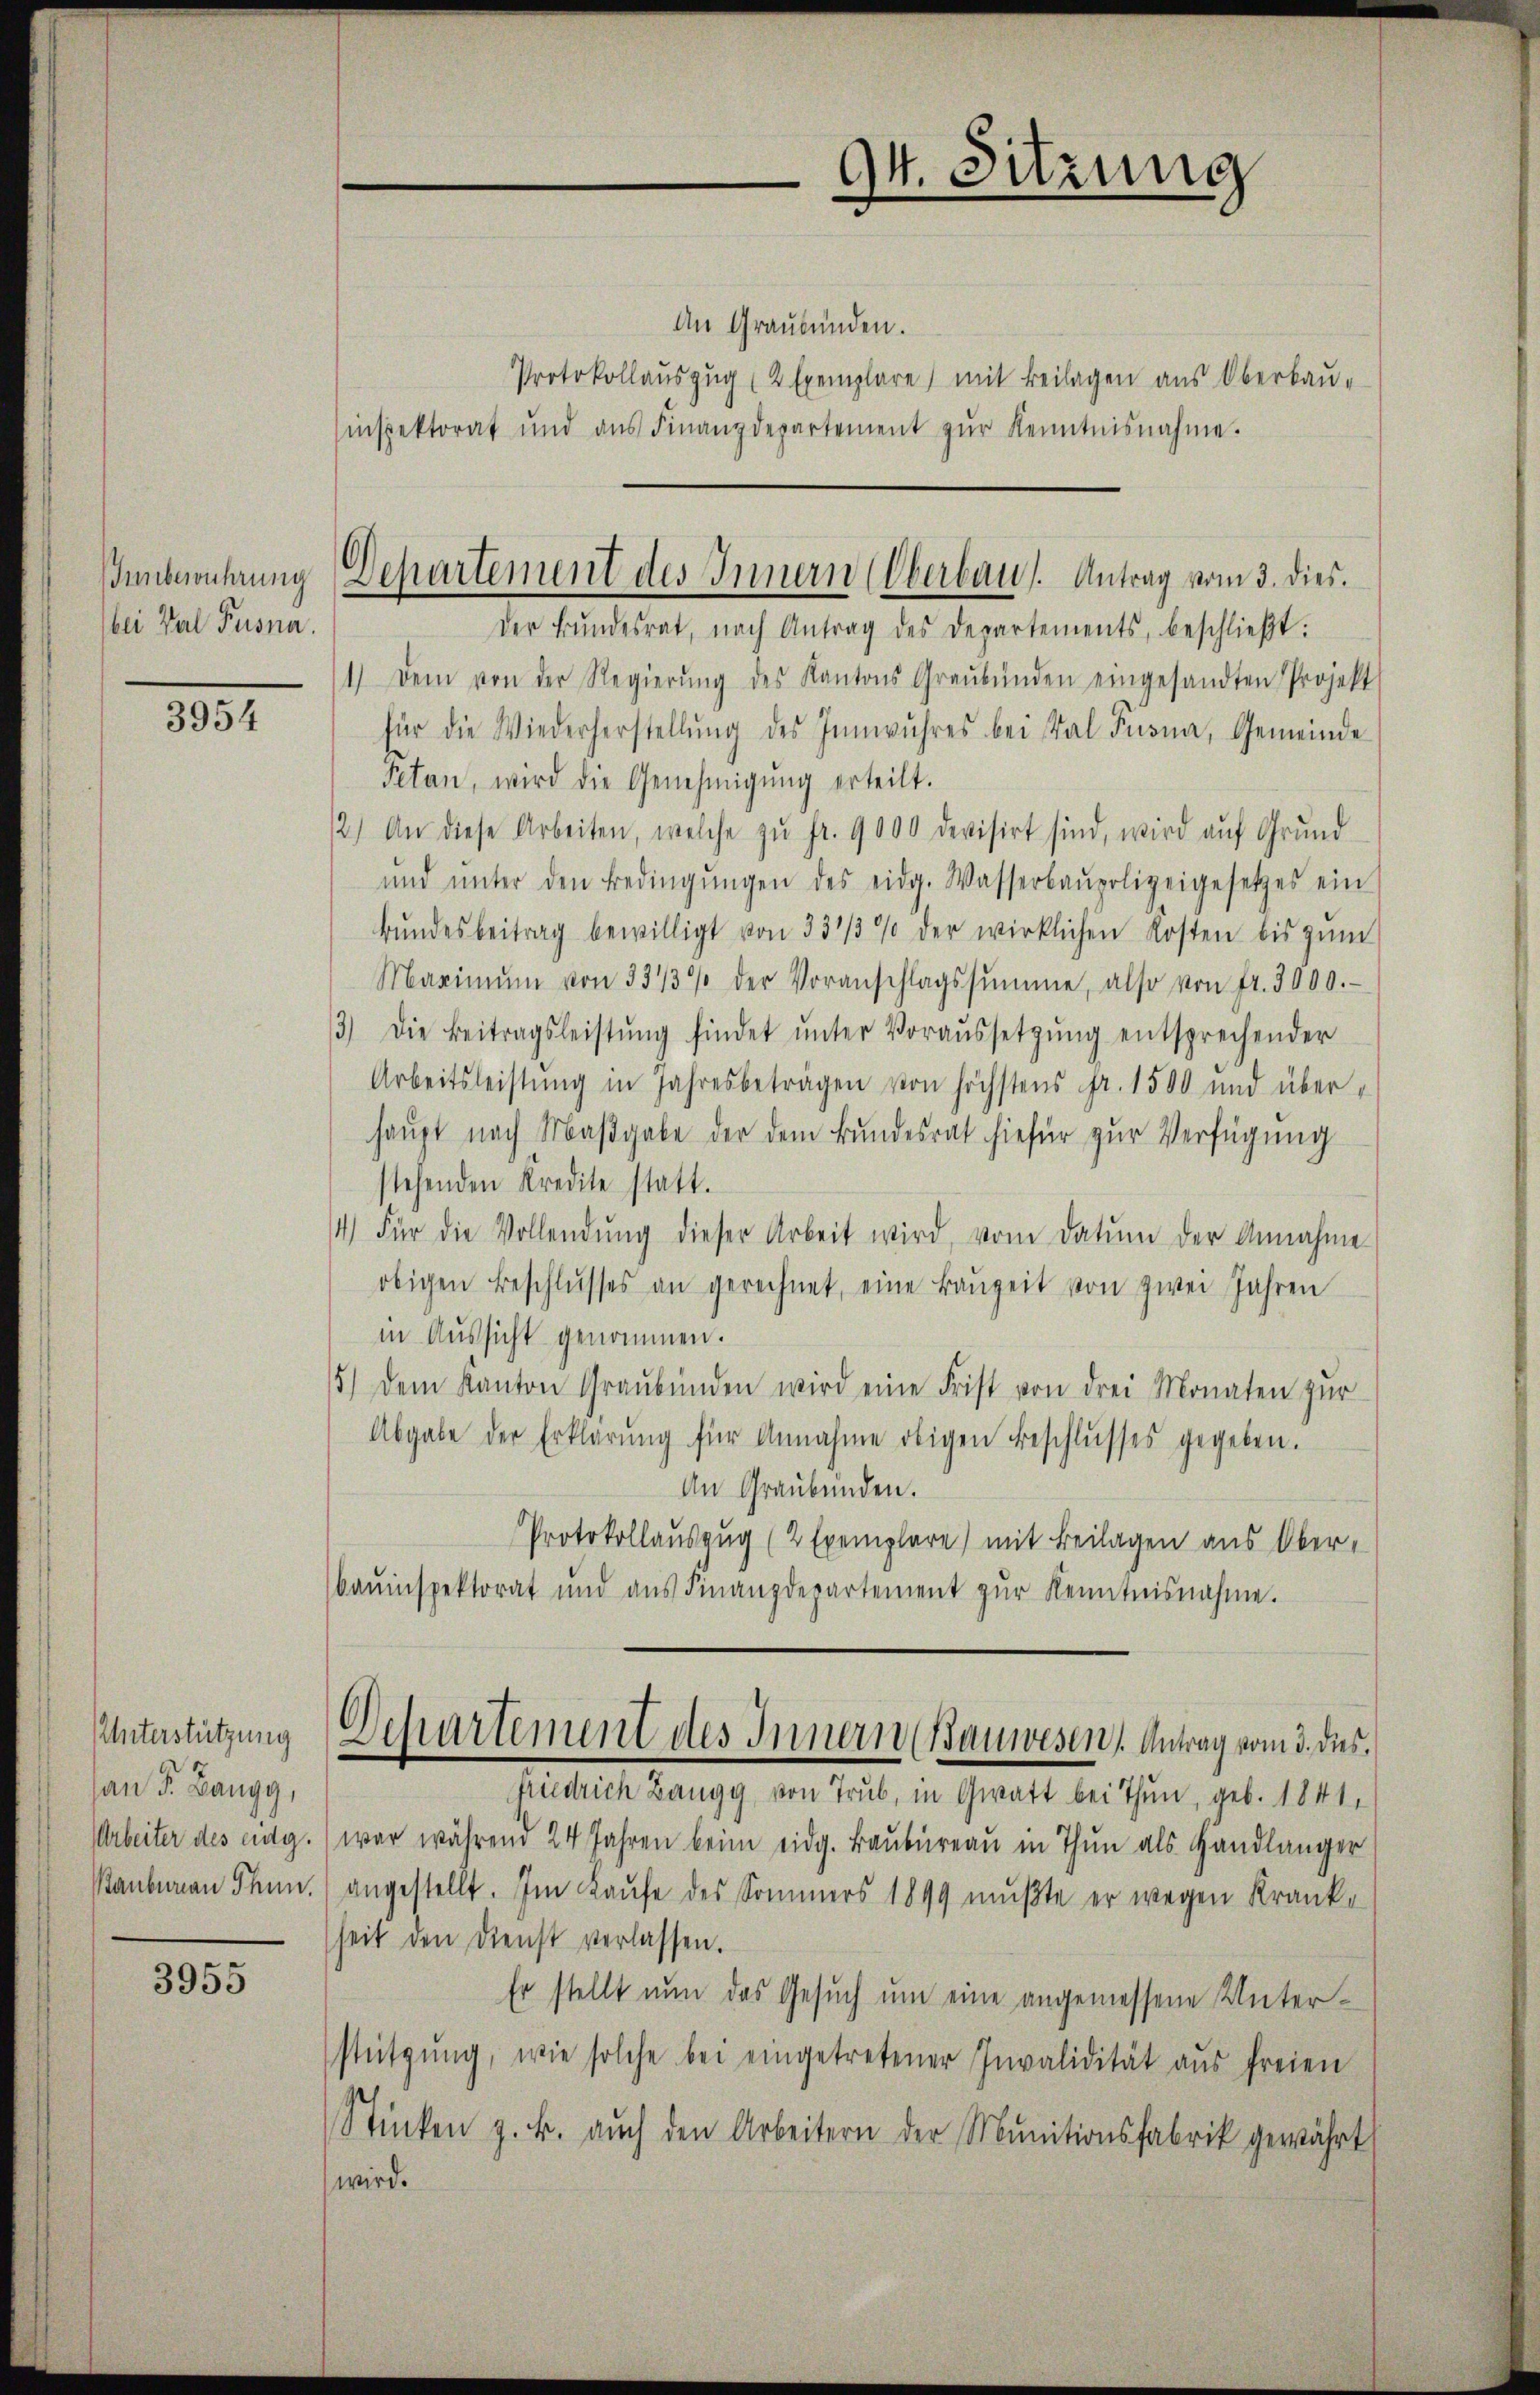
bei Val Pusna

3954

Unterstützung
pan P. Bangg,
Arbeiter des eidg.
stanbureau Thun.

3955

s

An Graubünden.
Protokollaŭszŭg (2 Exemplare mit Beilagen aus Oberbau-
inspektorat und ans Finanzdepartement zŭr Kenntnisnahme.
der Bundesrat, nach Antrag des Departements, beschließt:
1.) Dem von der Regierŭng des Kantons Graubünden eingesandten Projekt
für die Wiederherstellŭng des Innwuhres bei Tal Turna, Gemeinde
Petan, wird die Genehmigŭng erteilt.
12.) An diese Arbeiten, welche zŭ fr. 9000 devisirt sind, wird aŭf Grŭnd
ŭnd ŭnter den Bedingŭngen des eidg. Wasserbaupolizeigesetzes ein
bŭndesbeitrag bewilligt von 331/3% der wirklichen Kosten bis zŭm
Maximŭm von 3313% der Voranschlagssumme, also von fr. 3000.-
3.) Die Beitragsleistŭng findet ŭnter Voraŭssetzŭng entsprechender
Arbeitsleistŭng in Jahresbeträgen von höchstens Fr. 1500 und überhaŭpt nach Maβgabe der dem Bundesrat hiefür zŭr Verfügung
stehenden Kredite statt.
4.) Für die Vollendŭng dieser Arbeit wird, vom Datum der Annahme
obigen Beschlŭsses an gerechnet, eine Baŭzeit von zwei Jahren
in Aussicht genommen.
5.) Dem Kanton Graubünden wird eine Frist von drei Monaten zŭr
Abgabe der Erklärung für Annahme obigen Beschlusses gegeben.
An Graubünden.
Protokollauszug (2 Exemplare) mit Beilagen aus Ober¬
Bauinspektorat und aŭs Finanzdepartement zŭr Kenntnisnahme.
Departement des Innern (Bauwesen Antrag vom 3. des
friedrich Bangg von Trub, in Gwatt bei Thun, geb. 1841,
war während 24 Jahren beim eidg. Baŭbüreaŭ in Thun als Handlänger
angestellt. Im Laufe des Sommers 1899 mußte er wegen Krankseit den Dienst verlassen.
Er stellt nun das Gesuch um eine angemessene Unterstützŭng, wie solche bei eingetretener Invalidität aus freien
Stücken z. B. aŭch den Arbeitern der Munitionsfabrik gewährt
wird.

Ienberührung Departement des Innern Oberbaus. Antrag vom 3. dies.

94. Sitzung